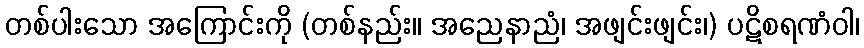
တစ်ပါးသော အကြောင်းကို (တစ်နည်း။ အညေနာညံ၊ အဖျင်းဖျင်း၊) ပဋိစရဏံဝါ၊